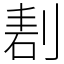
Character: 剨